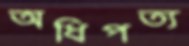
অধিপত্য